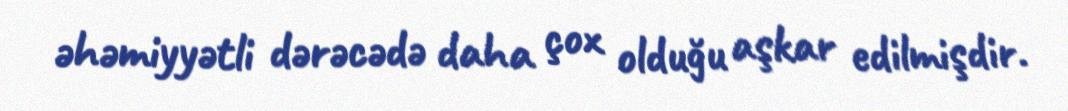
əhəmiyyətli dərəcədə daha çox olduğu aşkar edilmişdir.